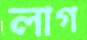
লাগ